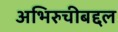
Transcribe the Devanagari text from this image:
अभिरुचीबद्दल